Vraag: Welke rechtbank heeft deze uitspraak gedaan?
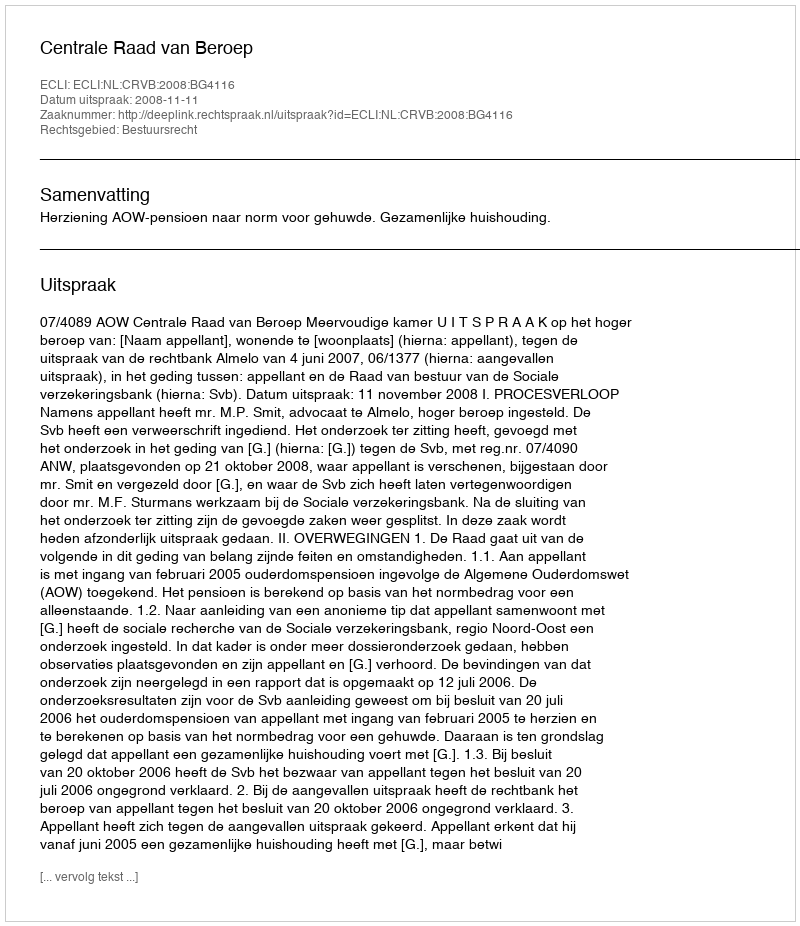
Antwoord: Centrale Raad van Beroep